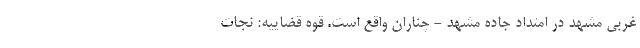
غربی مشهد در امتداد جاده مشهد - چناران واقع است. قوه قضاییه: نجات